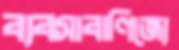
ব্যবসাবাণিজ্যে